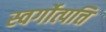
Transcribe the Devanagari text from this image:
स्वर्गोत्पत्ति